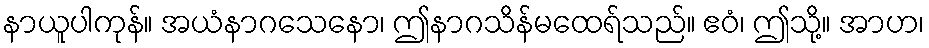
နာယူပါကုန်။ အယံနာဂသေနော၊ ဤနာဂသိန်မထေရ်သည်။ ဧဝံ၊ ဤသို့။ အာဟ၊